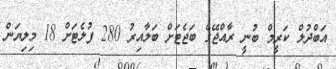
އަބްދުލް ކަރީމް ބުނީ ރާއްޖޭގެ ބަޖެޓަށް ބަލާއިރު 280 ފުލެޓަށް 18 މިލިޔަން